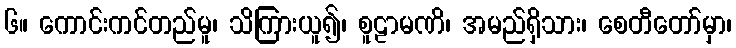
၆။ ကောင်းကင်တည်မူ၊ သိကြားယူ၍၊ စူဠာမဏိ၊ အမည်ရှိသား၊ စေတီတော်မှာ၊